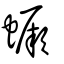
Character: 蟩